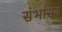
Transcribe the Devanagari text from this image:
संभासद